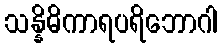
သန္နိဓိကာရပရိဘောဂါ